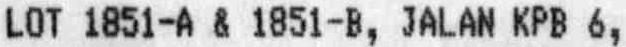
LOT 1851-A & 1851-B, JALAN KPB 6,